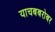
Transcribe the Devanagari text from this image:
याचबबरोबर